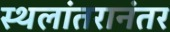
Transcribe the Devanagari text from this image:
स्थलांतरानंतर